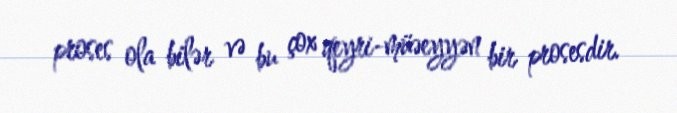
proses ola bilər və bu çox qeyri-müəeyyən bir prosesdir.